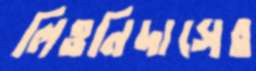
লিওনিদাসের